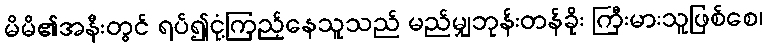
မိမိ၏အနီးတွင် ရပ်၍ငုံ့ကြည့်နေသူသည် မည်မျှဘုန်းတန်ခိုး ကြီးမားသူဖြစ်စေ၊